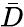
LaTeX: \bar{D}